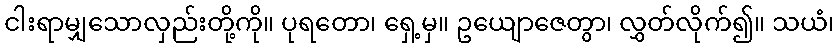
ငါးရာမျှသောလှည်းတို့ကို။ ပုရတော၊ ရှေ့မှ။ ဥယျောဇေတွာ၊ လွှတ်လိုက်၍။ သယံ၊